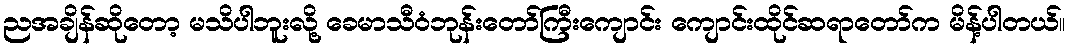
ညအချိန်ဆိုတော့ မသိပါဘူးလို့ ခေမာသီဝံဘုန်းတော်ကြီးကျောင်း ကျောင်းထိုင်ဆရာတော်က မိန့်ပါတယ်။